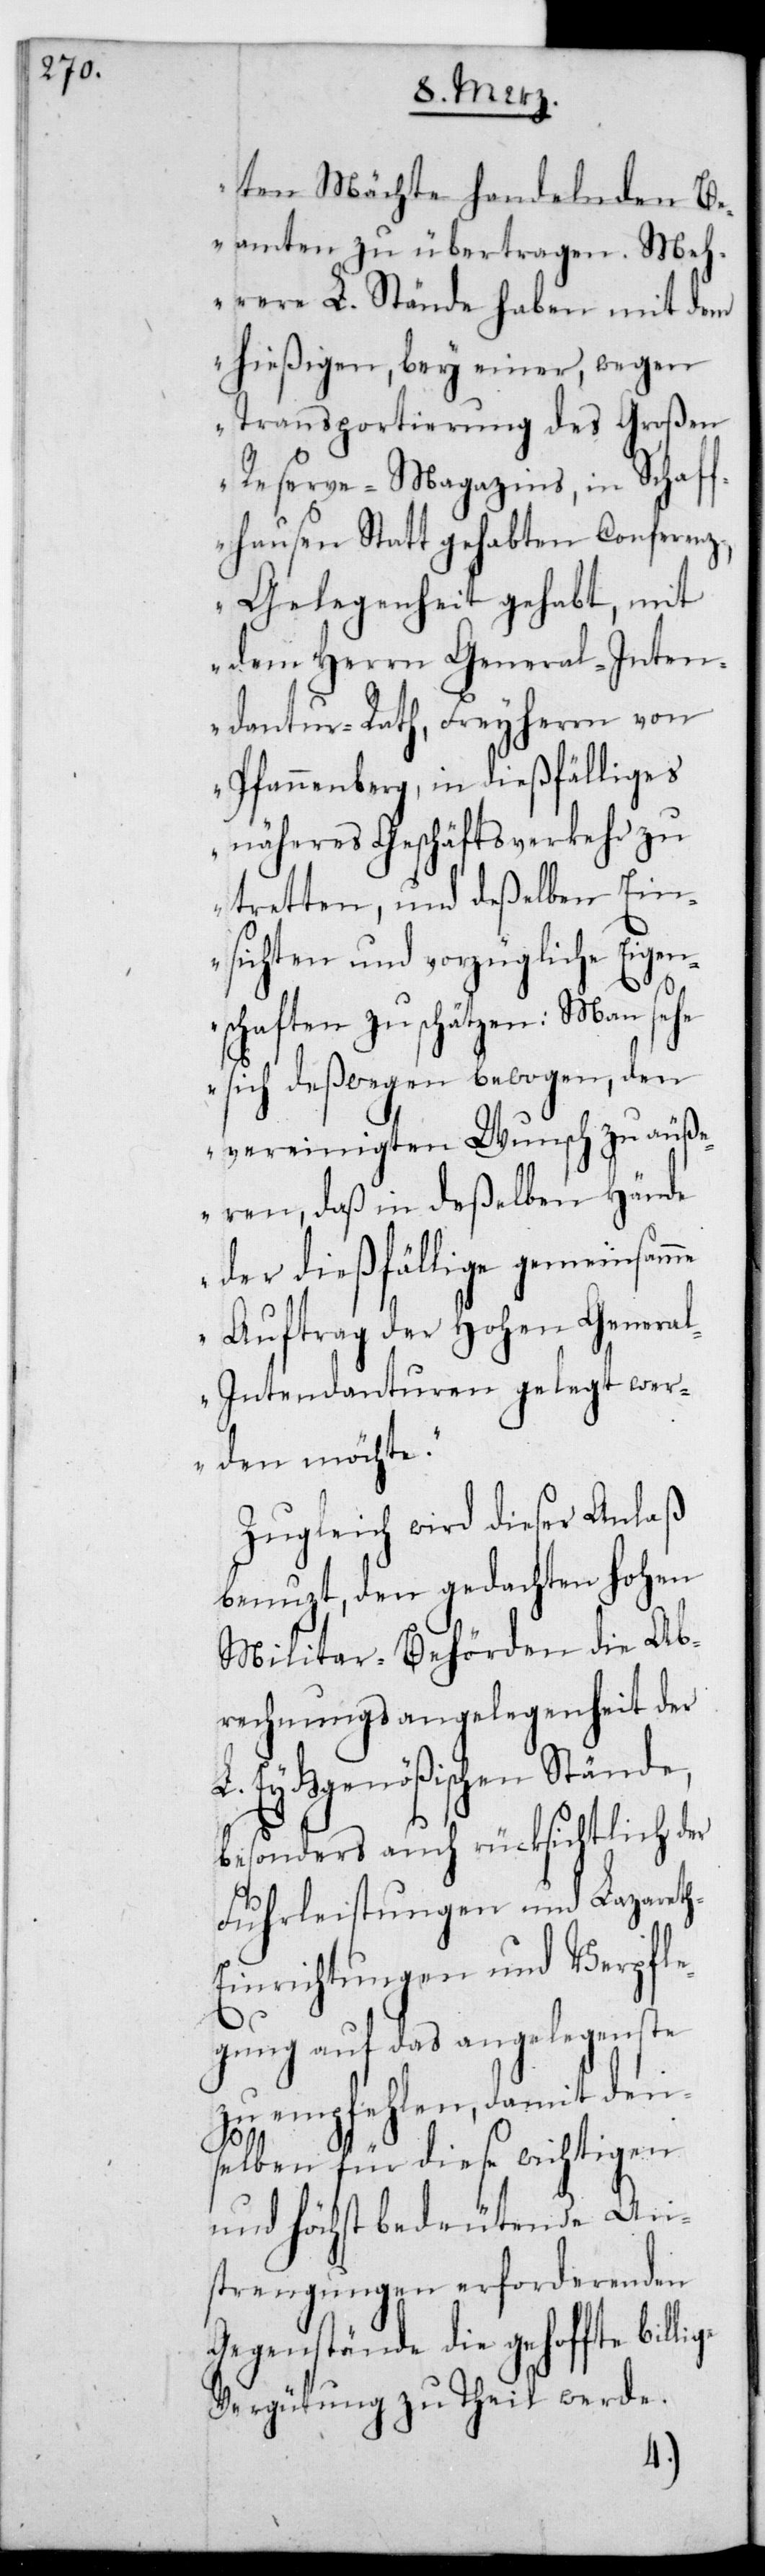
ten Mächte handelnden B¬
eamten zu übertragen. Meh¬
rere L. Stände haben mit dem
hießigen, bey einer, wegen
Transportierung des großen
Reserve-Magazins in Schaff¬
hausen stattgehabten Conferenz,
Gelegenheit gehabt, mit
dem Herrn General-Inten¬
dantur-Rath Freiherrn von
Pfannenberg, in dießfälliges
näheres Geschäftsverkehr zu
tretten, und deßelben Ein¬
sichten und vorzügliche Eigen¬
schaften zu schätzen: Man sehe
sich deßwegen bewogen, den
vereinigten Wunsch zu äuß¬
eren, daß in deßelben Hände
der dießfällige gemeinsame
Auftrag der Hohen Genera¬
l-Intendanturen gelegt wer¬
den möchte“.
Zugleich wird dieser Anlaß
benutzt, den gedachten Hohen
Militar-Behörden die Ab¬
rechnungsangelegenheit der
L. Eydsgenößischen Stände,
besonders auch rücksichtlich der
Fuhrleistungen und Lazaret¬
h-Einrichtungen und Verpfle¬
gung auf das Angelegenste
zu empfehlen, damit den¬
selben für diese wichtigen
und höchst bedeutende An¬
strengungen erforderenden
Gegenstände die gehoffte billige
Vergütung zu Theil werde.